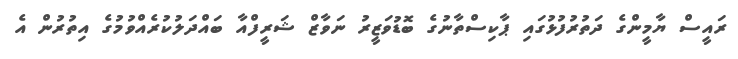
ރައީސް ޔާމީންގެ ދަތުރުފުޅުގައި ޕާކިސްތާނުގެ ބޮޑުވަޒީރު ނަވާޒް ޝަރީފްއާ ބައްދަލުކުރެއްވުމުގެ އިތުރުން އެ